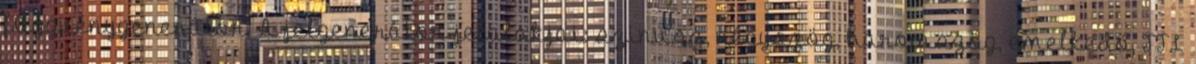
függvénygenerátor. A jelgenerátor jelalakjai: szinusz, négyszög, háromszög, emelkedő, TTL